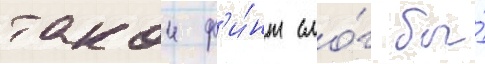
такои ф'и́нт смо́г бы́